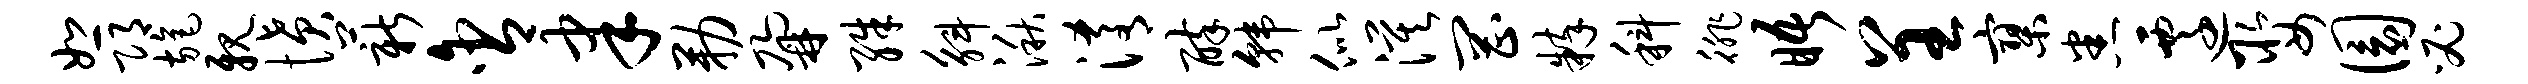
恕邛旄亲愤薪含聿勒鼐殊斛湫淆醉韩似漠罔粹科徘晤呈寥悉迁娶圜必